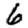
Digit: 6